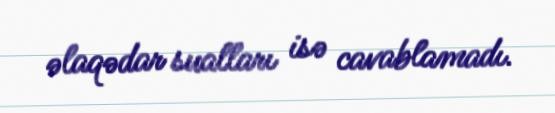
əlaqədar sualları isə cavablamadı.